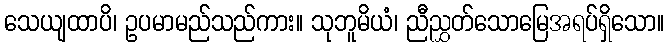
သေယျထာပိ၊ ဥပမာမည်သည်ကား။ သုဘူမိယံ၊ ညီညွှတ်သောမြေအရပ်ရှိသော။